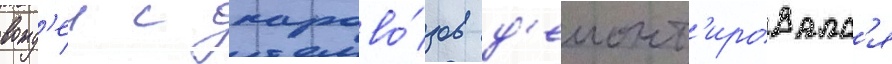
вожд'еи с парово́зов д'емонт'ировалс'я